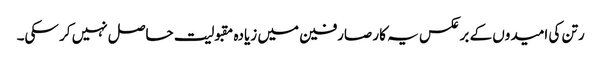
رتن کی امیدوں کے برعکس یہ کار صارفین میں زیادہ مقبولیت حاصل نہیں کر سکی۔